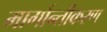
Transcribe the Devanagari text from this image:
मार्गान्तीकरण